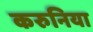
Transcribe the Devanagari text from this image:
करुनिया